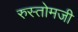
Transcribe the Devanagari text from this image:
रुस्तोमजी